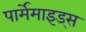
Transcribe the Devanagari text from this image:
पार्मेमाइड्स